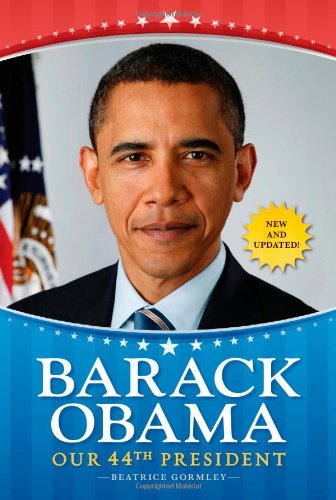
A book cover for Barack Obama: Our 44th President; Beatrice Gormley; Children's Books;